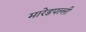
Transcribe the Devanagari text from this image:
मारेडपल्ली